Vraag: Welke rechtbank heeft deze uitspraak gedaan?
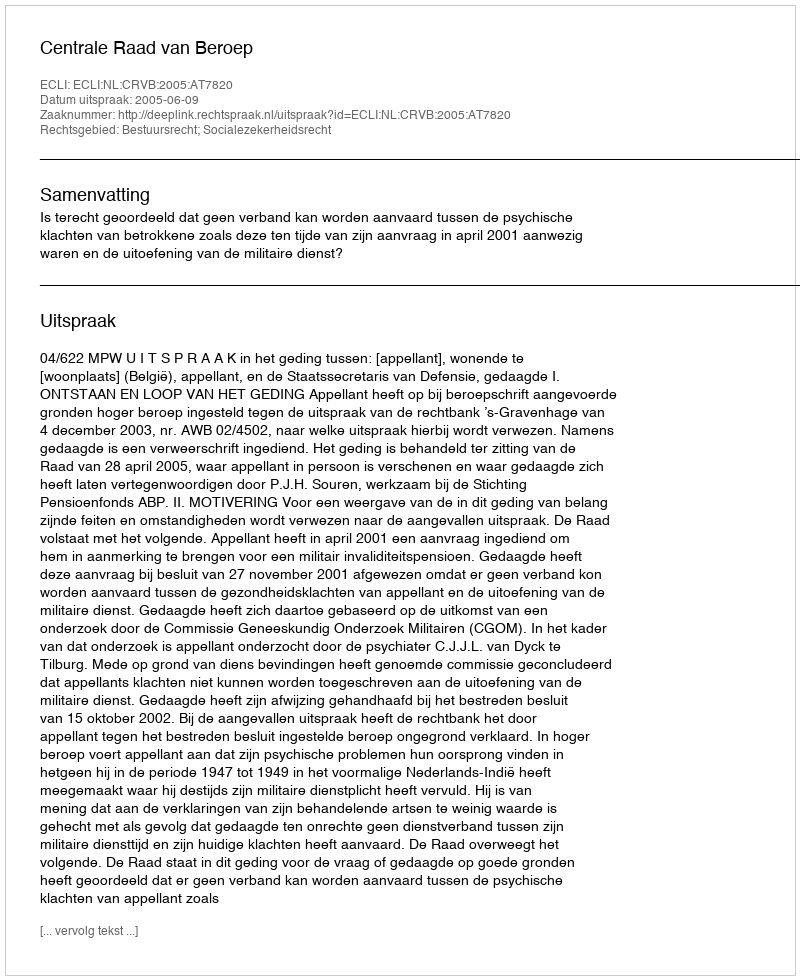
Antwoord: Centrale Raad van Beroep